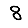
Digit: 8